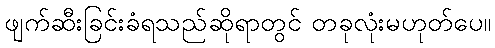
ဖျက်ဆီးခြင်းခံရသည်ဆိုရာတွင် တခုလုံးမဟုတ်ပေ။